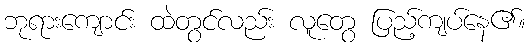
ဘုရားကျောင်း ထဲတွင်လည်း လူတွေ ပြည့်ကျပ်နေ၏။